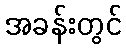
အခန်းတွင်